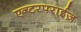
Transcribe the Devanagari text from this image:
एन्टरपराईज़